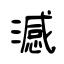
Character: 澸